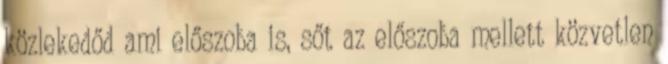
közlekedőd ami előszoba is, sőt az előszoba mellett közvetlen